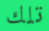
تلك